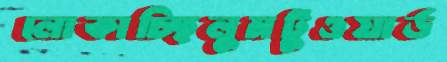
লোকাচ্ছিলুমটুওয়ার্ড